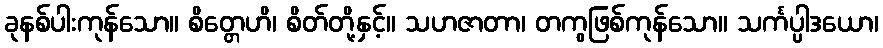
ခုနစ်ပါးကုန်သော။ စိတ္တေဟိ၊ စိတ်တို့နှင့်။ သဟဇာတာ၊ တကွဖြစ်ကုန်သော။ သင်္ကပ္ပါဒယော၊